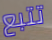
تتبع